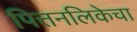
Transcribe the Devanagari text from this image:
पित्तनलिकेचा